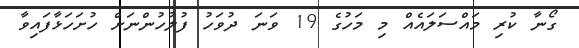
ގޯނާ ކުރި މައްސަލައެއް މި މަހުގެ 19 ވަނަ ދުވަހު ފުލުހުންނަށް ހުށަހަޅާފައިވާ